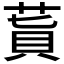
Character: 𦵊